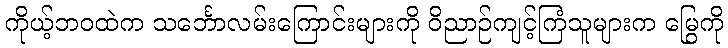
ကိုယ့်ဘဝထဲက သင်္ဘောလမ်းကြောင်းများကို ဝိညာဉ်ကျင့်ကြံသူများက မြွေကို